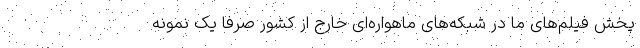
پخش فیلم‌های ما در شبکه‌های ماهواره‌ای خارج از کشور صرفاً یک نمونه